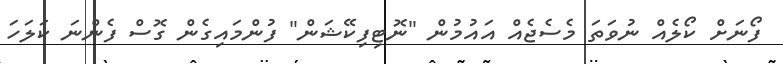
ފޯނަށް ކޯލެއް ނުވަތަ މެސެޖެއް އައުމުން "ނޮޓިފިކޭޝަން" ފުންމައިގެން ގޮސް ފެންނަ ކަލަހަ